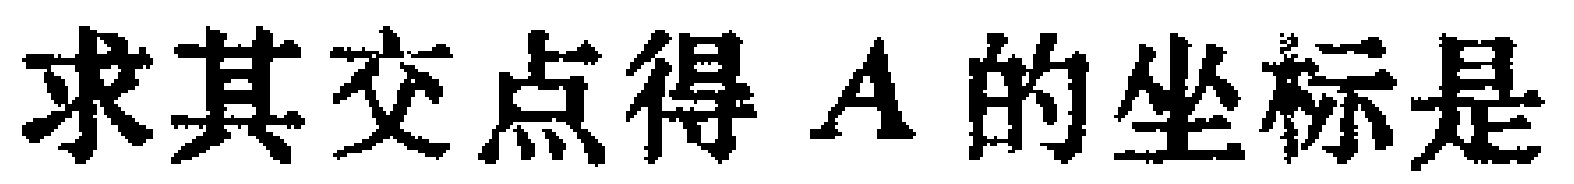
求其交点得 \(A\) 的坐标是